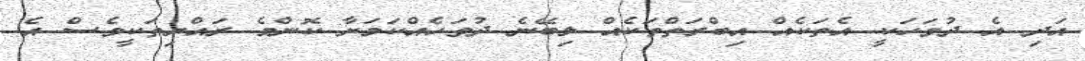
އަދި އެ ދުވަހަކީ އެތަކެއް އިބްރަތްތަކެއް ލިބޭނެ ދުވަހެއްކަމަށާ ކޮންމެ ރައްޔިތަކީވެސް އެ